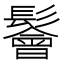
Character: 鬠